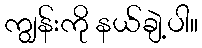
ကျွန်းကို နယ်ချဲ့ပါ။